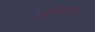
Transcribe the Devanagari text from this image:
अनुस्मरण